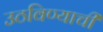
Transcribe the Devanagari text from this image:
उठविण्याची